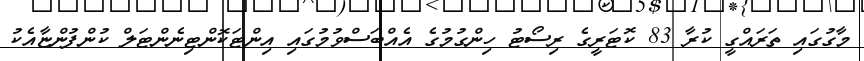
މާގުގައި ތަރައްގީ ކުރާ 83 ކޮޓަރީގެ ރިސޯޓު ހިންގުމުގެ އެއްބަސްވުމުގައި އިންޓަކޮންޓިނެންޓަލް ކުންފުންޏާއެކު